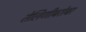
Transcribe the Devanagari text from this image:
तेलिणीबरोबर